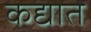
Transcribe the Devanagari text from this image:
कद्यात